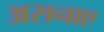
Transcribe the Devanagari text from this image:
असनाए